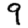
Digit: 9